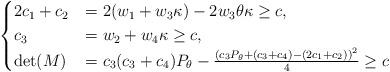
LaTeX: \begin{align*}\begin{cases} 2c_1+c_2&=2(w_1+w_3\kappa)-2w_3\theta\kappa\geq c,\\ c_3&=w_2+w_4\kappa\geq c,\\ \det(M)&=c_3(c_3+c_4)P_\theta-\frac{\left(c_3P_\theta+(c_3+c_4)-(2c_1+c_2)\right)^2}{4}\geq c\end{cases}\end{align*}